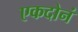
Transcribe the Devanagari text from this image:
एकदोनं